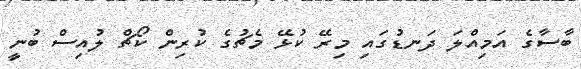
ބާސާގެ އަމިއްލަ ދަނޑުގައި މިރޭ ކުޅޭ މެޗުގެ ކުރިން ކޯޗް ލުއިސް ބުނީ